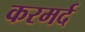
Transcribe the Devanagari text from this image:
करमर्द